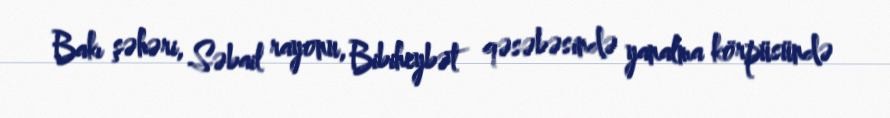
Bakı şəhəri, Səbail rayonu, Bibiheybət qəsəbəsində yanalma körpüsündə